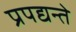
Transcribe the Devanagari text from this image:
प्रपद्यन्ते